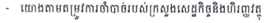
យោងតាមតម្រូវការចាំបាច់របស់ក្រសួងសេដ្ឋកិច្ចនិងហិរញ្ញវត្ថុ